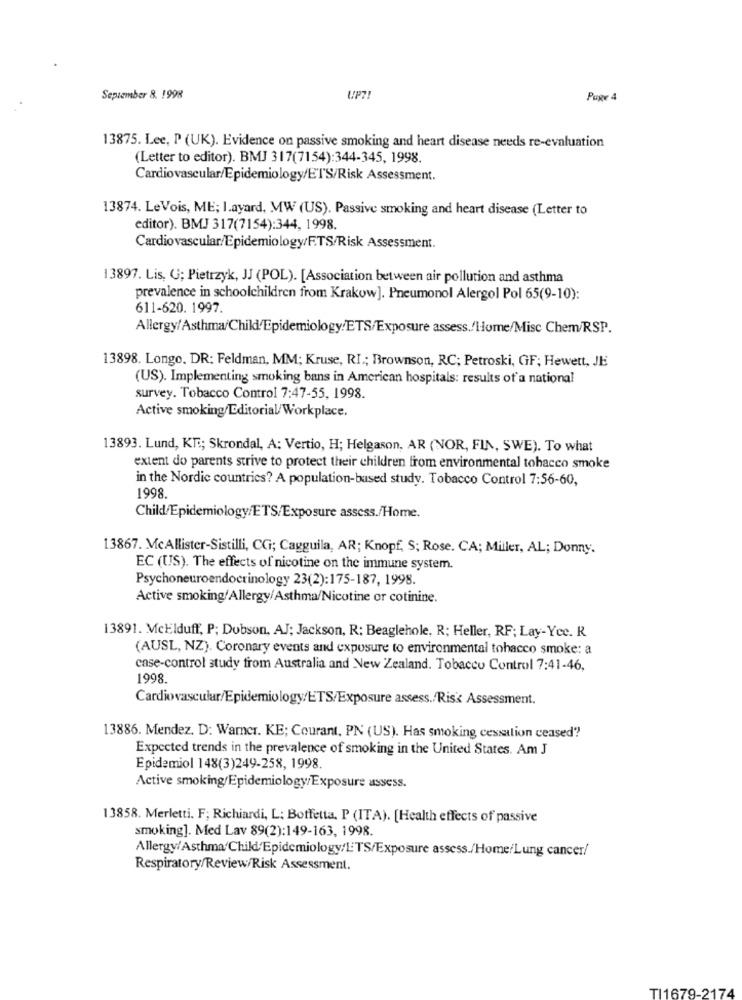
September 8. 1998
UP7!
Puge 4
13875. Lee, P (UK). Evidence on passive smoking and heart disease needs re-evaluation
(Letter to editor). BMJ 317(7154):344-345, 1998.
Cardiovascular/Epidemiology/ETS/Risk Assessment.
13874. LeVois, ME; I.ayard, MW (US). Passive smoking and heart disease (Letter to
editor). BMJ 317(7154):344, 1998.
Cardiovascular/Epidemiology/F.TS/Risk Assessment.
13897. Lis, G; Pietrzyk, JJ (POL). [Association between air pollution and asthma
prevalence in schoolchildren from Krakow]. Pneumonol Alergol Pol 65(9-10):
611-620. 1997.
Allergy/Asthma/Child/Epidemiology/ETS/Exposure assess./Home/Misc Chem/RSP.
13898. Longo, DR: Feldman, MM; Kruse, RI .; Brownson, RC; Petroski, GF; Hewett, JE
(US). Implementing smoking bans in American hospitals: results of a national
survey. Tobacco Control 7:47-55, 1998.
Active smoking/Editorial/Workplace.
13893. Lund, KT .; Skrondal, A: Vertio, H; Helgason, AR (NOR, FIN, SWE). To what
extent do parents strive to protect their children from environmental tobacco smoke
in the Nordic countries? A population-based study. Tobacco Control 7:56-60,
1998.
Child/Epidemiology/ETS/Exposure assess./Home.
13867. McAllister-Sistilli, CG; Cagguila, AR; Knopf, S; Rose. CA; Miller, AL; Donny.
EC (US). The effects of nicotine on the immune system.
Psychoneuroendocrinology 23(2):175-187, 1998.
Active smoking/Allergy/Asthma/Nicotine or cotinine.
13891. McElduff, P; Dobson, AJ; Jackson, R: Beaglehole, R; Heller, RF; Lay-Yee. R
(AUSL, NZ). Coronary events and exposure to environmental tobacco smoke: a
case-control study from Australia and New Zealand. Tobacco Control 7:41-46,
1998.
Cardiovascular/Epidemiology/ETS/Exposure assess./Risk Assessment.
13886. Mendez. D: Warner. KE; Courant, PN (US). Has smoking cessation ceased?
Expected trends in the prevalence of smoking in the United States. Am J
Epidemiol 148(3)249-258, 1998
Active smoking/Epidemiology/Exposure assess.
13858. Merletti. F; Richiardi, L; Botfetta. P (ITA). [Health effects of passive
smoking]. Med Lav 89(2):149-163, 1998.
Allergy/Asthma/Child'Epidemiology/LTS/Exposure assess./Home/Lung cancer/
Respiratory/Review/Risk Assessment.
TI1679-2174